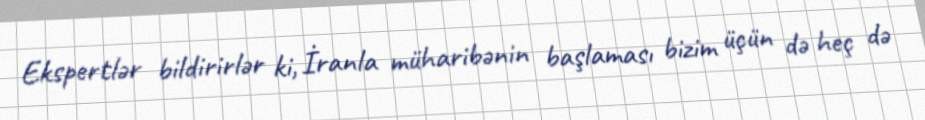
Ekspertlər bildirirlər ki, İranla müharibənin başlaması bizim üçün də heç də